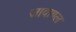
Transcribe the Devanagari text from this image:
जावागल